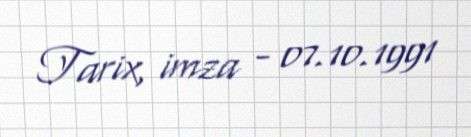
Tarix, imza - 07.10.1991